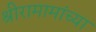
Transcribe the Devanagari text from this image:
श्रीरामामांच्या